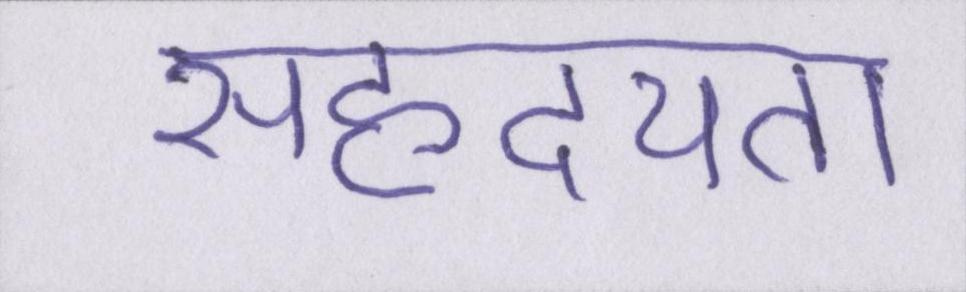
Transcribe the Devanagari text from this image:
सहृदयता